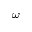
\omega